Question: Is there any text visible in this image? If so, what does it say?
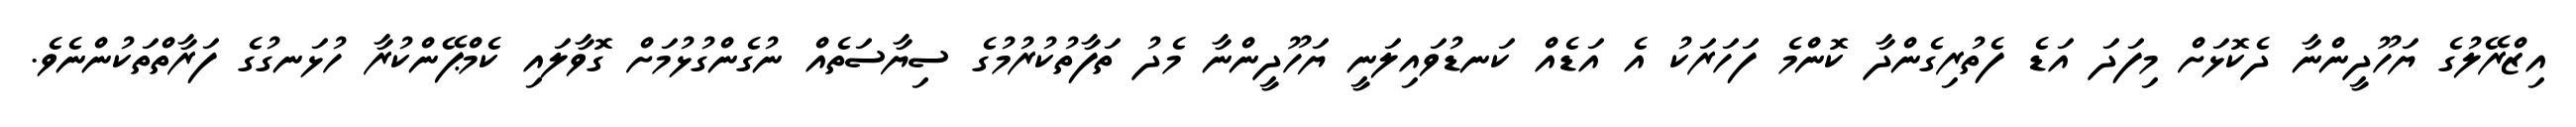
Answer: އިޒްރޭލުގެ ޔަހޫދީންނާ ދެކޮޅަށް މިފަދަ އަޑެ ފެތުރިގެންދާ ކޮންމެ ފަހަރަކު އެ އަޑެއް ކަނޑުވައިލަނީ ޔަހޫދީންނާ މެދު ތަފާތުކުރުމުގެ ސިޔާސަތެއް ނުގެންގުޅުމަށް ގޮވާލައި ކެމްޕޭންކުރާ ހުޅަނގުގެ ފަރާތްތަކުންނެވެ.